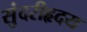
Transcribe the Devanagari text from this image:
सुंदरीहृदय